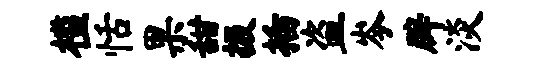
槛恬果甜掇插盗岑辟淡